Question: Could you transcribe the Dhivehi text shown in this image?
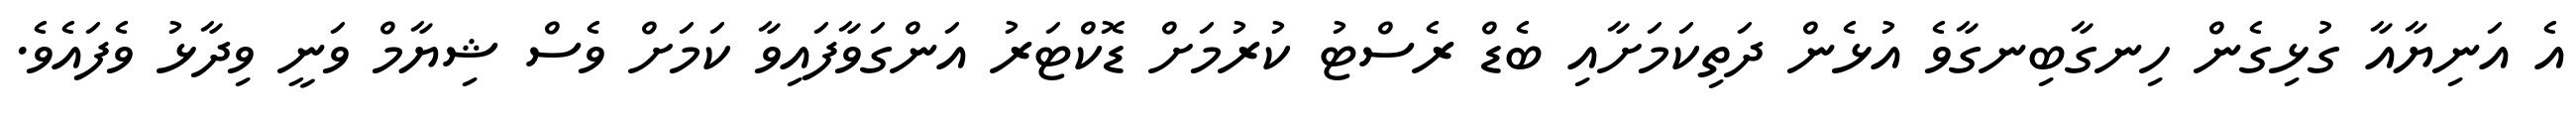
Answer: އެ އަނިޔާއާ ގުޅިގެން ހިނގާބިނގާވެ އުޅެން ދަތިކަމަށާއި ބެޑް ރެސްޓު ކުރުމަށް ޑޮކްޓަރު އަންގަވާފައިވާ ކަމަށް ވެސް ޝިޔާމް ވަނީ ވިދާޅު ވެފައެވެ.